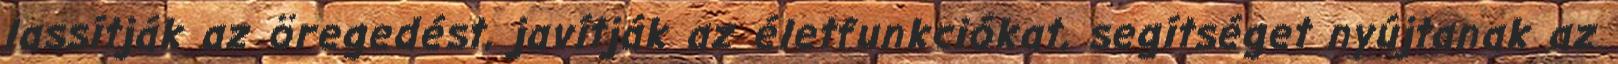
lassítják az öregedést, javítják az életfunkciókat, segítséget nyújtanak az